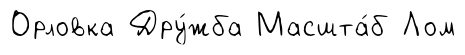
Орловка Дру́жба Масшта́б Лом